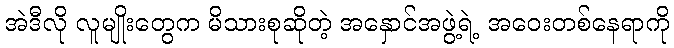
အဲဒီလို လူမျိုးတွေက မိသားစုဆိုတဲ့ အနှောင်အဖွဲ့ရဲ့ အဝေးတစ်နေရာကို